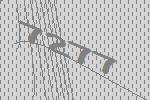
7277